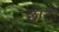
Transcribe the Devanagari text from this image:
छॊटी